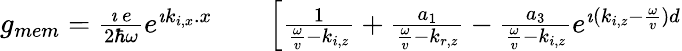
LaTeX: \begin{array}{rlr}{g_{mem}=\frac{\imath\, e}{2\hbar\omega}e^{\imath k_{i,x}.x}}&{{}}&{\left[\frac{1}{\frac{\omega}{v}-k_{i,z}}+\frac{a_{1}}{\frac{\omega}{v}-k_{r,z}}-\frac{a_{3}}{\frac{\omega}{v}-k_{i,z}}e^{\imath(k_{i,z}-\frac{\omega}{v})d}\right.}\end{array}